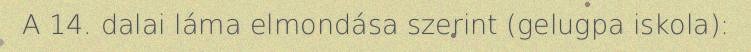
A 14. dalai láma elmondása szerint (gelugpa iskola):